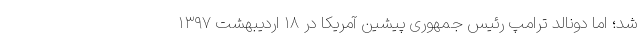
شد؛ اما دونالد ترامپ رئیس جمهوری پیشین آمریکا در ۱۸ اردیبهشت ۱۳۹۷